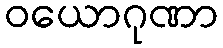
ဝယောဂုဏာ